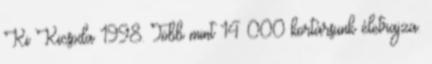
Ki Kicsoda 1998. Több mint 14 000 kortársunk életrajza.